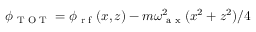
\phi _ { \textrm { T O T } } = \phi _ { \textrm { r f } } ( x , z ) - m \omega _ { \textrm { a x } } ^ { 2 } ( x ^ { 2 } + z ^ { 2 } ) / 4